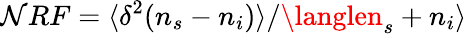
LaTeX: \mathcal{N}RF=\langle\delta^{2}(n_{s}-n_{i})\rangle/\langlen_{s}+n_{i}\rangle